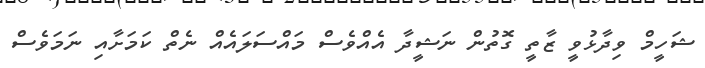
ޝަހީމް ވިދާޅުވީ ޒާތީ ގޮތުން ނަޝީދާ އެއްވެސް މައްސަލައެއް ނެތް ކަމަށާއި ނަމަވެސް